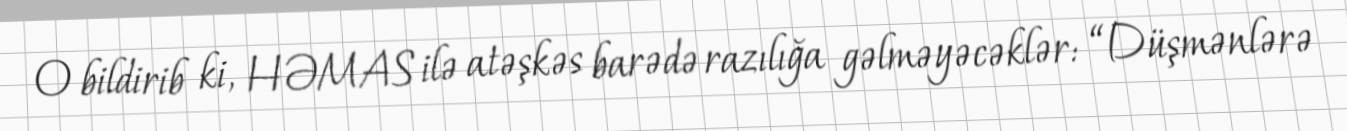
O bildirib ki, HƏMAS ilə atəşkəs barədə razılığa gəlməyəcəklər: “Düşmənlərə